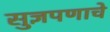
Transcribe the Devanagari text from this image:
सुज्ञपणाचे